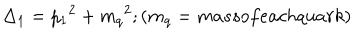
LaTeX: \Delta _ { 1 } = { p _ { 1 } } ^ { 2 } + { m _ { q } } ^ { 2 } ; ( m _ { q } = m a s s o f e a c h q u a r k )